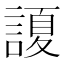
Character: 𲁲